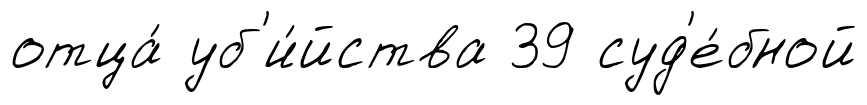
отца́ уб'и́йства 39 суд'е́бной